Civil Veterinary Department. Madras. Admin. report 1910-25 - 1910-1925
Year: 1910
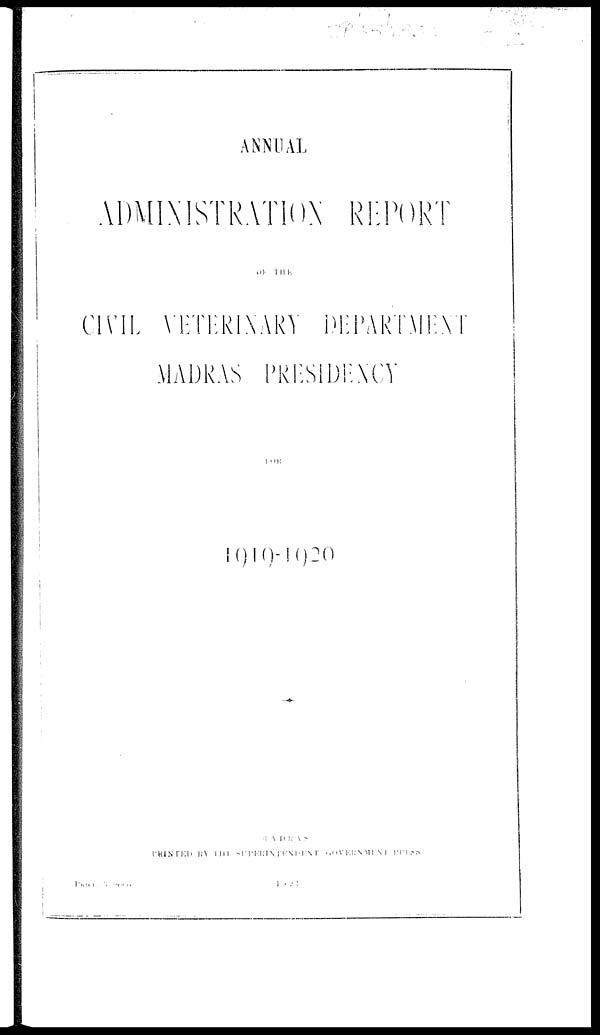
ANNUAL
ADMINISTRATION REPORT
OF THE
CIVIL VETERINARY DEPARTMENT
MADRAS PRESIDENCY
1919-1920
MADRAS
PRINTED BY THE SPPERINTEDENT GOVERNMENT PRESS
PRICE
3
annas
1921